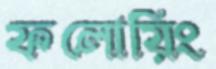
ফলোয়িং